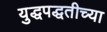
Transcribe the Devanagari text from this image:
युद्धपद्धतीच्या